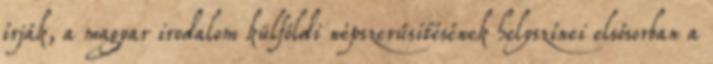
írják, a magyar irodalom külföldi népszerűsítésének helyszínei elsősorban a